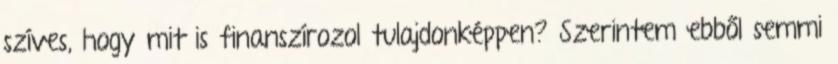
szíves, hogy mit is finanszírozol tulajdonképpen? Szerintem ebből semmi